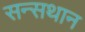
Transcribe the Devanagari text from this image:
सन्सथान